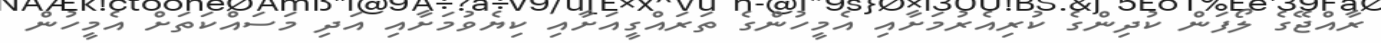
ރާއްޖޭގެ ލޯފަން ކުދިންގެ ކުރިއެރުމަށާއި އެމީހުންގެ ތަރައްގީއަށާއި ކިޔެވުމަށާއި އަދި މަސައްކަތަށް އެމީހުން